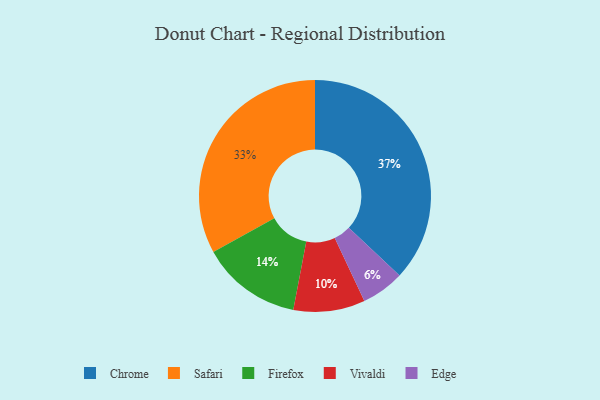
{"axis": {"x": "Category", "y": "Percentage"}, "legend": ["Chrome", "Edge", "Firefox", "Safari", "Vivaldi"], "data": [{"x": "Edge", "y": 6, "type": "Edge"}, {"x": "Firefox", "y": 14, "type": "Firefox"}, {"x": "Chrome", "y": 37, "type": "Chrome"}, {"x": "Safari", "y": 33, "type": "Safari"}, {"x": "Vivaldi", "y": 10, "type": "Vivaldi"}]}